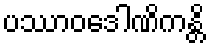
ပဿာဝဒေါဏိကန္တိ